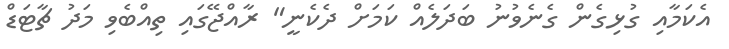
އެކަމާއި ގުޅިގެން ގެނެވުނު ބަދަލެއް ކަމަށް ދެކެނީ" ރާއްޖޭގައި ތިއްބެވި މަދު ޗާޓަޑް